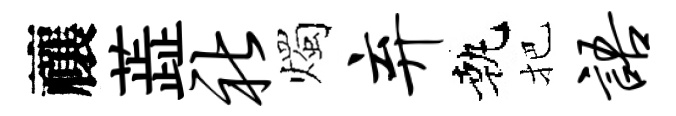
禳蕋社燭弃執把语